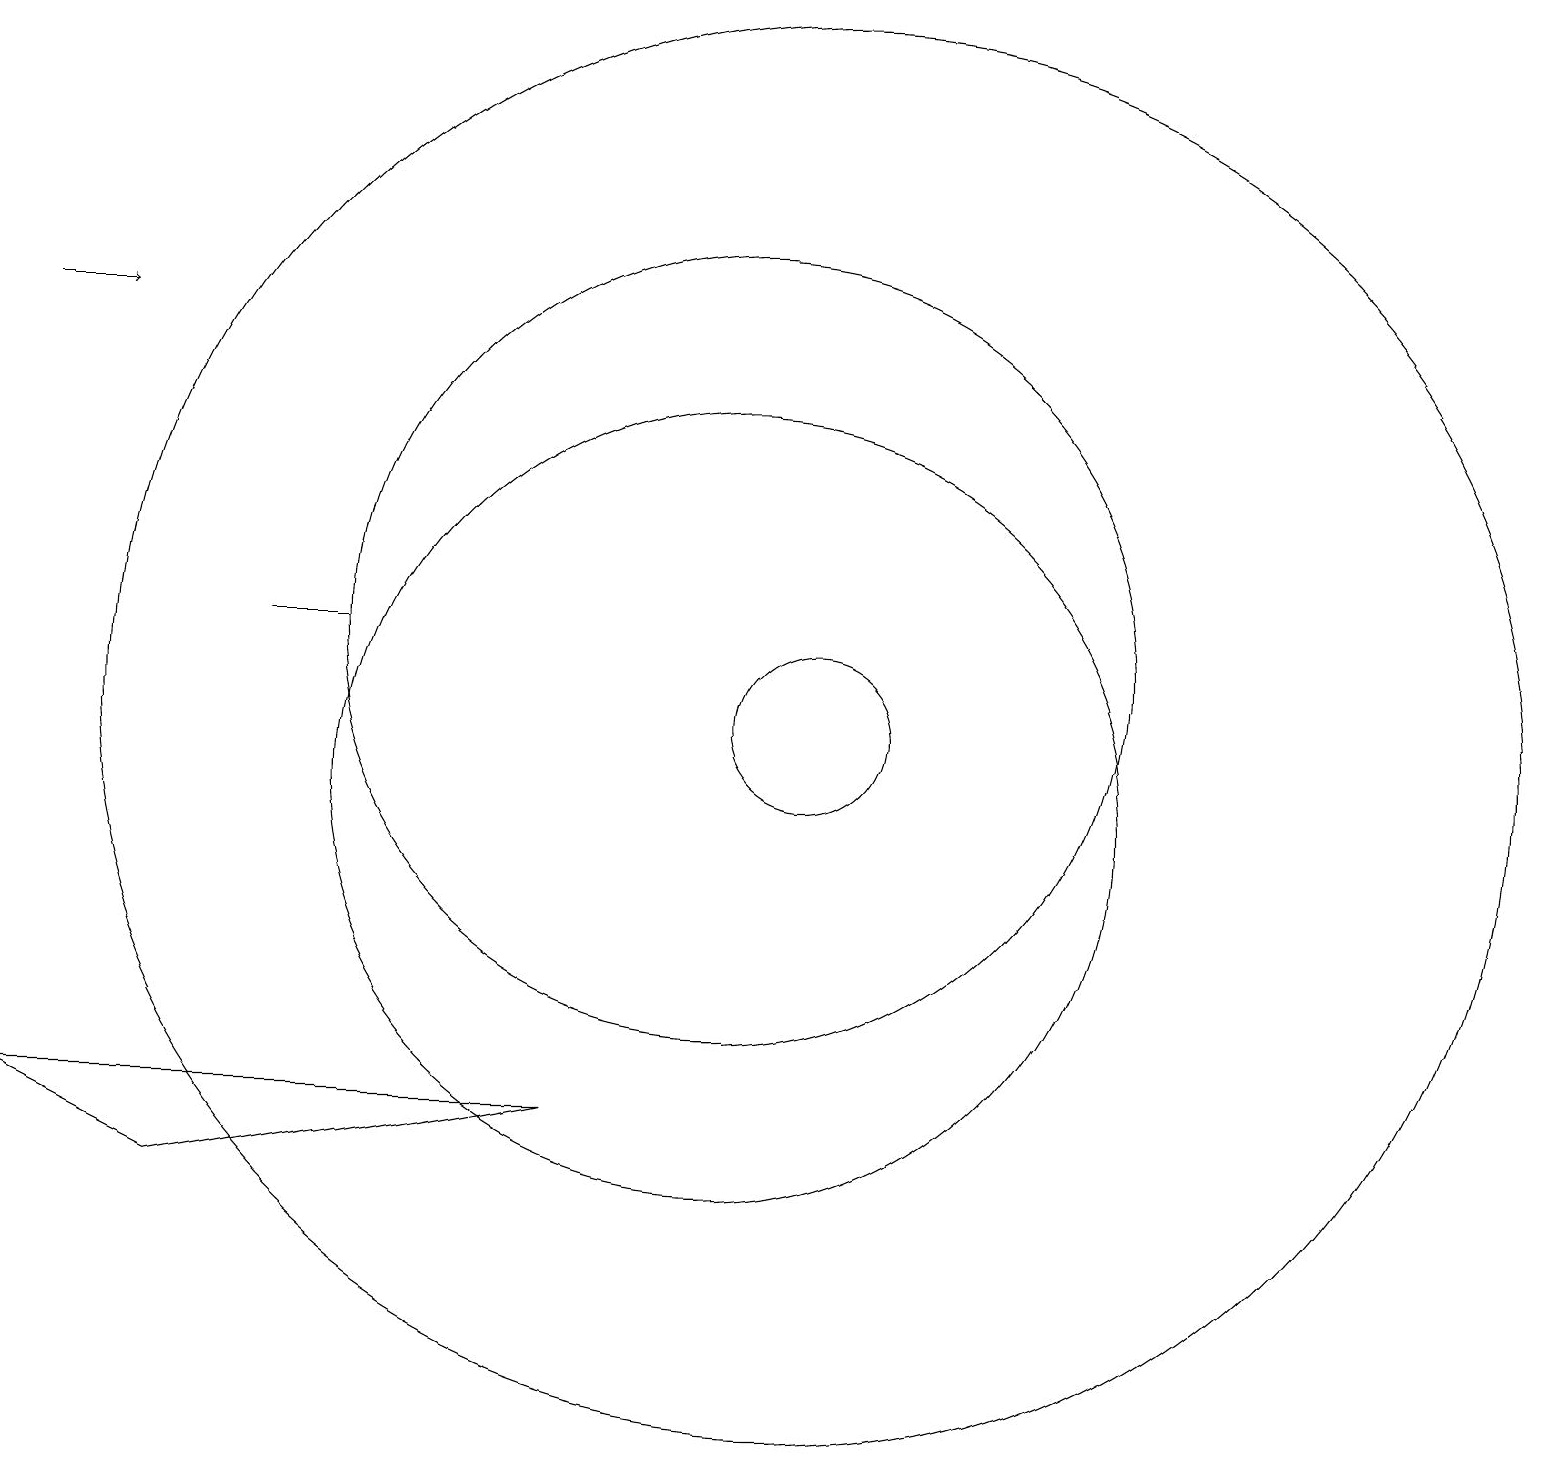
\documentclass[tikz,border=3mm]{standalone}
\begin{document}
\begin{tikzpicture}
\draw (11,10) circle (5);
\draw (12,11) circle (9);
\draw (6,12) rectangle (5,12);
\draw (12,11) circle (1);
\draw (11,12) circle (5);
\draw[->] (2,16) -- (3,16);
\draw (9,6) -- (4,5) -- (2,6) -- cycle;
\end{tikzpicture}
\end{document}